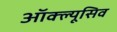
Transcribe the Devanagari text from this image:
ऑक्ल्यूसिव